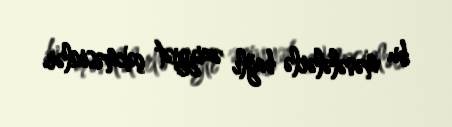
bu məsələlərlə bağlı əziyyət çəkməsinlər.